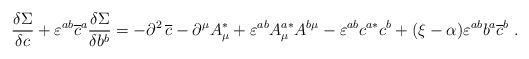
\begin{align*}\frac{\delta \Sigma }{\delta c}+\varepsilon ^{ab}\overline{c}^a\frac{\delta\Sigma }{\delta b^b}=-\partial ^2\,\overline{c}-\partial ^\mu A_\mu^{*}+\varepsilon ^{ab}A_\mu ^{a*}A^{b\mu }-\varepsilon ^{ab}c^{a*}c^b+(\xi-\alpha )\varepsilon ^{ab}b^a\overline{c}^b\;. \end{align*}